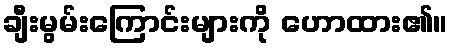
ချီးမွမ်းကြောင်းများကို ဟောထား၏။